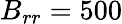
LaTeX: B_{rr}=500